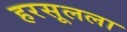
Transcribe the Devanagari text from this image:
हरसूलला